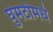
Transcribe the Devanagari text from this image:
घुमटीमधे